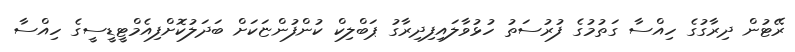
ރޭޓުން ދިރާގުގެ ހިއްސާ ގަތުމުގެ ފުރުސަތު ހުޅުވާލައިފިދިރާގު ޕަބްލިކް ކުންފުންޏަކަށް ބަދަލުކޮށްފިއެމްޓީޑީސީގެ ހިއްސާ